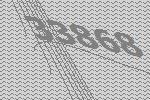
33868